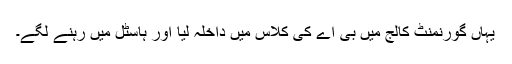
یہاں گورنمنٹ کالج میں بی اے کی کلاس میں داخلہ لیا اور ہاسٹل میں رہنے لگے۔